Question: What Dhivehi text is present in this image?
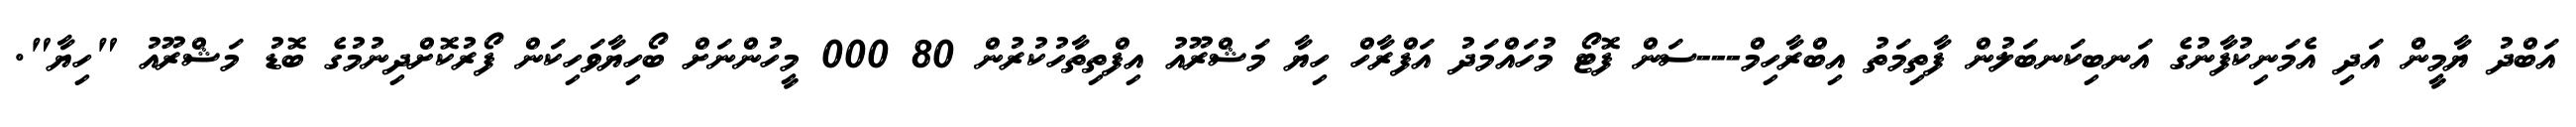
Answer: އަބްދު ޔާމީން އަދި އެމަނިކުފާނުގެ އަނބިކަނބަލުން ފާތިމަތު އިބްރާހިމް---ސަން ފޮޓޯ މުހައްމަދު އަފްރާހް ހިޔާ މަޝްރޫއު އިފްތިތާހުކުރުން 80 000 މީހުންނަށް ބޯހިޔާވަހިކަން ފޯރުކޮށްދިނުމުގެ ބޮޑު މަޝްރޫއު "ހިޔާ".